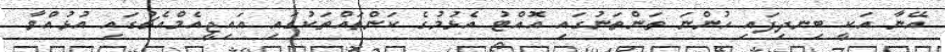
އޭނާ އަކީ ބިނދިފައި ހުންނަ ތަންތަނުގައި އޮއްޓު އެޅުމުގެ ކަންތައްތަކުގައި އައިޖީއެމްއެޗުގައި އުޅުއްވާ